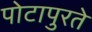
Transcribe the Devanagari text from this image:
पोटापुरते